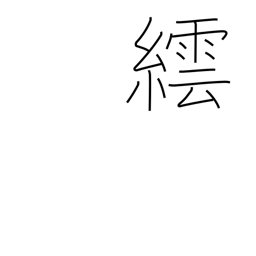
Meaning: a method of dyeing